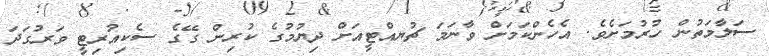
ސަލާމަތުން ހުރުމަށެވެ. އެހެންކަމަށް ވާނަމަ ޗުޔއްޓީއަށް ދިޔުމުގެ ކުރިން ގޭގެ ސެކިއުރިޓީ ވަރުގަދަ